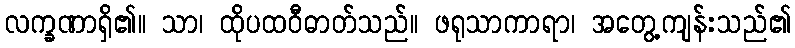
လက္ခဏာရှိ၏။ သာ၊ ထိုပထဝီဓာတ်သည်။ ဖရုသာကာရာ၊ အတွေ့ကျန်းသည်၏